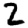
Digit: 2